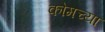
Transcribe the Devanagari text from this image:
कोमच्या